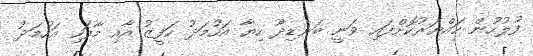
ފުލުހުން ހައްޔަރުކޮށްފައި ވަނީ ބަނޑިދޫ ހިޔާ އަހުމަދު ހަފީޒު އާއި މާފަހި އަހުމަދު